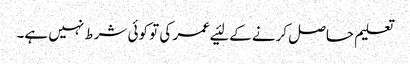
تعلیم حاصل کرنے کے لئیے عمر کی تو کوئی شرط نہیں ہے۔